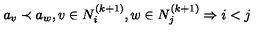
a _ { v } \prec a _ { w } , v \in N _ { i } ^ { ( k + 1 ) } , w \in N _ { j } ^ { ( k + 1 ) } \Rightarrow i < j